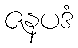
ဇနပဒံ